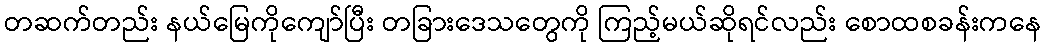
တဆက်တည်း နယ်မြေကိုကျော်ပြီး တခြားဒေသတွေကို ကြည့်မယ်ဆိုရင်လည်း စောထစခန်းကနေ